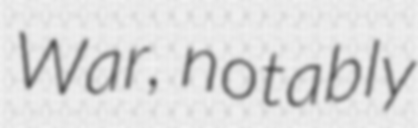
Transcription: War, notably